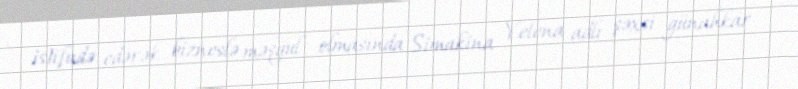
istifadə edərək bizneslə məşğul olmasında Simakina Yelena adlı şəxsi günahkar